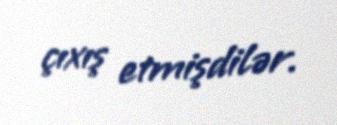
çıxış etmişdilər.